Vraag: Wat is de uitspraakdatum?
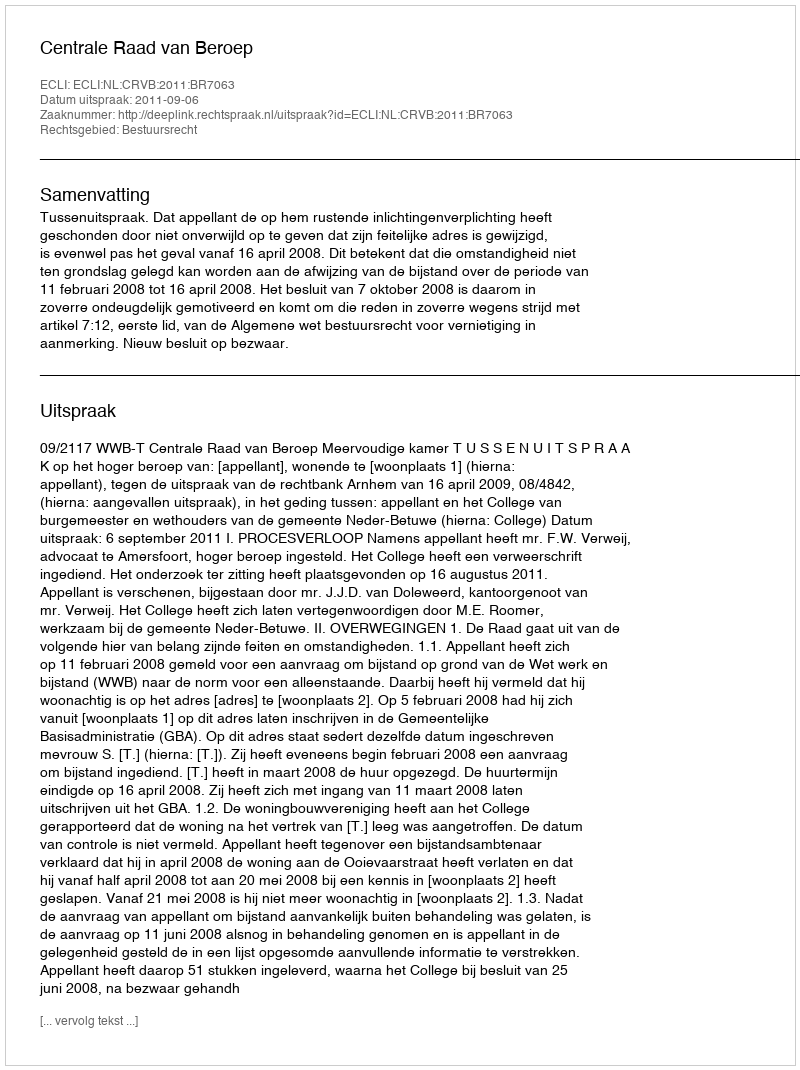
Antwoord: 2011-09-06